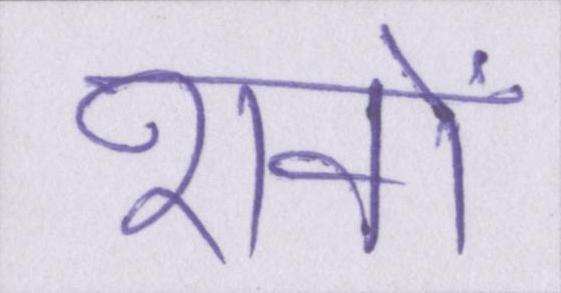
शवों